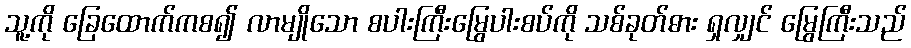
သူ့ကို ခြေထောက်ကစ၍ လာမျိုသော စပါးကြီးမြွေပါးစပ်ကို သစ်ခုတ်ဓား ရှလျှင် မြွေကြီးသည်